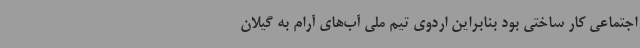
اجتماعی کار ساختی بود بنابراین اردوی تیم ملی آب‌های آرام به گیلان